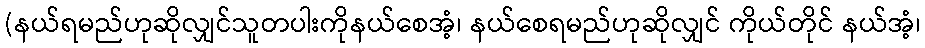
(နယ်ရမည်ဟုဆိုလျှင်သူတပါးကိုနယ်စေအံ့၊ နယ်စေရမည်ဟုဆိုလျှင် ကိုယ်တိုင် နယ်အံ့၊